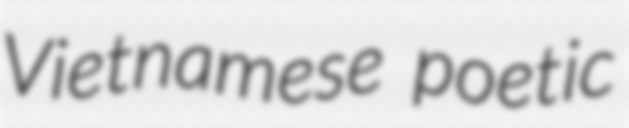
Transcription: Vietnamese poetic